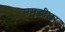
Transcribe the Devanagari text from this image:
समृद्धीला